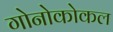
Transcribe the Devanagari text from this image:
गोनोकोकल